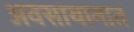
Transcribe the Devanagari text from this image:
अवसायानात